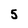
Character: 5